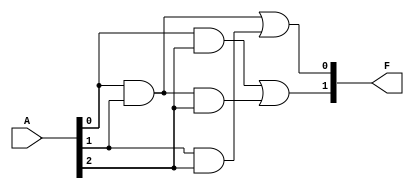
module masked_pal (
    input wire [n-1:0] A, // n input signals
    output wire [o-1:0] F // o output signals
);
    parameter n = 3; // Number of inputs (A, B, C)
    parameter m = 4; // Number of fixed product terms (AND gates)
    parameter o = 2; // Number of outputs (F1, F2)

    // Inputs (example)
    wire [n-1:0] inputs;

    // Fixed AND array outputs
    wire [m-1:0] product_terms;

    // Example fixed AND gates
    assign product_terms[0] = A[0] & A[1]; // P1 = A0 AND A1
    assign product_terms[1] = A[1] & A[2]; // P2 = A1 AND A2
    assign product_terms[2] = A[0] & A[2]; // P3 = A0 AND A2
    assign product_terms[3] = A[0] & A[1] & A[2]; // P4 = A0 AND A1 AND A2

    // Programmable OR array
    // Outputs can be programmed as desired
    assign F[0] = product_terms[0] | product_terms[1]; // F1 = P1 OR P2
    assign F[1] = product_terms[2] | product_terms[3]; // F2 = P3 OR P4

    // Additional programming can be done to modify how inputs are combined in the OR array
endmodule